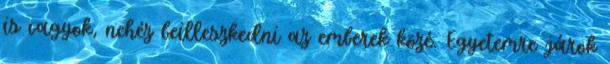
is vagyok, nehéz beilleszkedni az emberek közé. Egyetemre járok